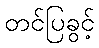
တင်ပြခွင့်